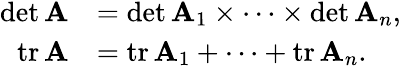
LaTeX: {\begin{array}{rl}{\operatorname*{det}\mathbf{A}}&{=\operatorname*{det}\mathbf{A}_{1}\times\cdots\times\operatorname*{det}\mathbf{A}_{n},}\\ {\operatorname{tr}\mathbf{A}}&{=\operatorname{tr}\mathbf{A}_{1}+\cdots+\operatorname{tr}\mathbf{A}_{n}.}\end{array}}